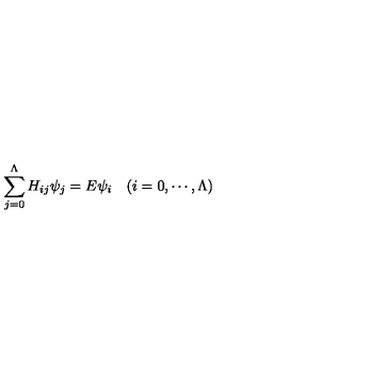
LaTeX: \sum _ { j = 0 } ^ { \Lambda } H _ { i j } \psi _ { j } = E \psi _ { i } \quad ( i = 0 , \cdots , \Lambda )